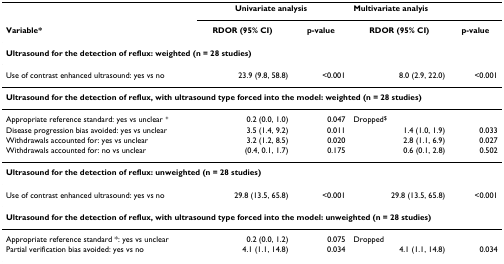
<table><thead><tr><td></td><td colspan="2"><b>Univariate analysis</b></td><td colspan="2"><b>Multivariate analyis</b></td></tr><tr><td><b>Variable*</b></td><td><b>RDOR (95% CI)</b></td><td><b>p-value</b></td><td><b>RDOR (95% CI)</b></td><td><b>p-value</b></td></tr></thead><tbody><tr><td colspan="5"><b>Ultrasound for the detection of reflux: weighted (n = 28 studies)</b></td></tr><tr><td>Use of contrast enhanced ultrasound: yes vs no</td><td>23.9 (9.8, 58.8)</td><td>&lt;0.001</td><td>8.0 (2.9, 22.0)</td><td>&lt;0.001</td></tr><tr><td colspan="5"><b>Ultrasound for the detection of reflux, with ultrasound type forced into the model: weighted (n = 28 studies)</b></td></tr><tr><td>Appropriate reference standard: yes vs unclear <sup>+</sup></td><td>0.2 (0.0, 1.0)</td><td>0.047</td><td>Dropped<sup>$</sup></td><td></td></tr><tr><td>Disease progression bias avoided: yes vs unclear</td><td>3.5 (1.4, 9.2)</td><td>0.011</td><td>1.4 (1.0, 1.9)</td><td>0.033</td></tr><tr><td>Withdrawals accounted for: yes vs unclear</td><td>3.2 (1.2, 8.5)</td><td>0.020</td><td>2.8 (1.1, 6.9)</td><td>0.027</td></tr><tr><td>Withdrawals accounted for: no vs unclear</td><td>(0.4, 0.1, 1.7)</td><td>0.175</td><td>0.6 (0.1, 2.8)</td><td>0.502</td></tr><tr><td colspan="5"><b>Ultrasound for the detection of reflux: unweighted (n = 28 studies)</b></td></tr><tr><td>Use of contrast enhanced ultrasound: yes vs no</td><td>29.8 (13.5, 65.8)</td><td>&lt;0.001</td><td>29.8 (13.5, 65.8)</td><td>&lt;0.001</td></tr><tr><td colspan="5"><b>Ultrasound for the detection of reflux, with ultrasound type forced into the model: unweighted (n = 28 studies)</b></td></tr><tr><td>Appropriate reference standard *: yes vs unclear</td><td>0.2 (0.0, 1.2)</td><td>0.075</td><td>Dropped</td><td></td></tr><tr><td>Partial verification bias avoided: yes vs no</td><td>4.1 (1.1, 14.8)</td><td>0.034</td><td>4.1 (1.1, 14.8)</td><td>0.034</td></tr></tbody></table>